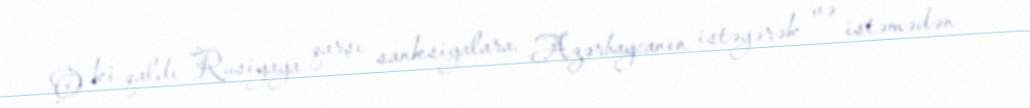
O ki qaldı Rusiyaya qarşı sanksiyalara, Azərbaycanın istəyərək və istəmədən